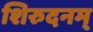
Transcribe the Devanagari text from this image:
शिरुदनम्